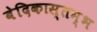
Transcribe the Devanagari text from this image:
बेदिकास्तम्भ